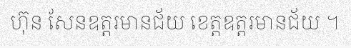
ហ៊ុន សែនឧត្តរមានជ័យ ខេត្តឧត្តរមានជ័យ ។